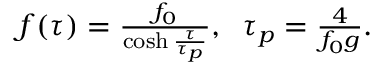
\begin{array} { r } { f ( \tau ) = \frac { f _ { 0 } } { \cosh \frac { \tau } { \tau _ { p } } } , \; \; \tau _ { p } = \frac { 4 } { f _ { 0 } g } . } \end{array}